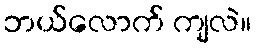
ဘယ်လောက် ကျလဲ။